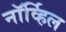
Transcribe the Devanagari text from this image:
नॉर्व्हिल